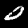
Label: 0